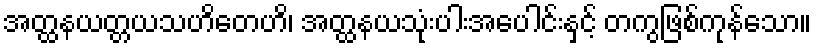
အတ္ထနယတ္တယသဟိတေဟိ၊ အတ္ထနယသုံးပါးအပေါင်းနှင့် တကွဖြစ်ကုန်သော။